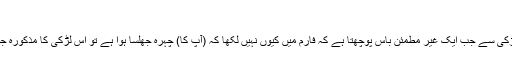
‘
انٹرویو کے لیے آنے والی ایک لڑکی سے جب ایک غیر مطمئن باس پوچھتا ہے کہ فارم میں کیوں نہیں لکھا کہ (آپ کا) چہرہ جھلسا ہوا ہے تو اس لڑکی کا مذکورہ جواب باس کو لاجواب کر دیتا ہے۔